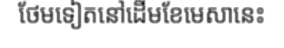
ថែមទៀតនៅដើមខែមេសានេះ